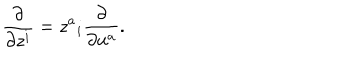
LaTeX: \frac { \partial } { \partial z ^ { i } } = z ^ { a } { } _ { i } \frac { \partial } { \partial u ^ { a } } .